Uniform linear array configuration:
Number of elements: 4
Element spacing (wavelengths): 0.75
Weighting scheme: exponential
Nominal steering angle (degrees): -30
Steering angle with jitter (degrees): -31.662
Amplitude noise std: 0.05
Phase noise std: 0.05

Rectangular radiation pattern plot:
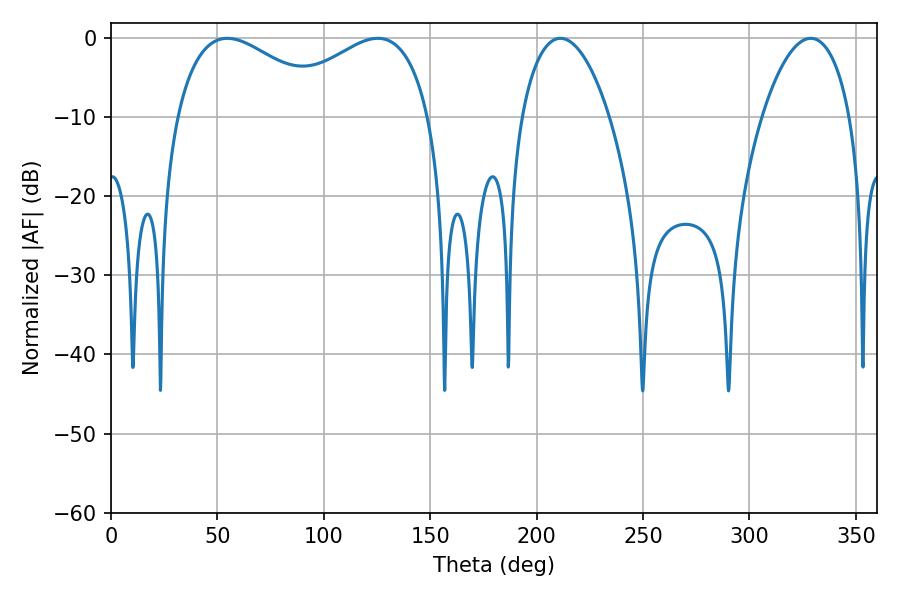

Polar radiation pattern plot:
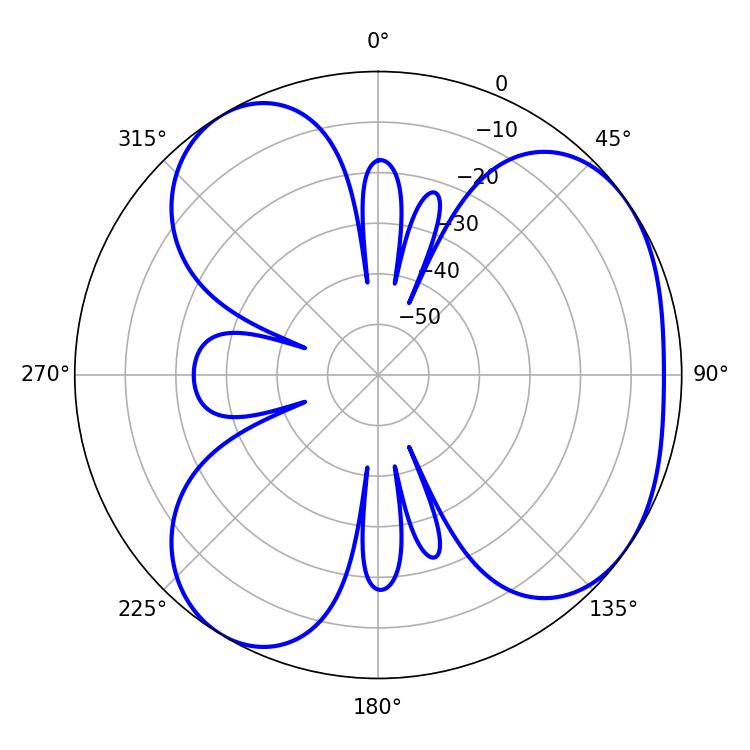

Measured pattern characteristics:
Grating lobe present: TRUE
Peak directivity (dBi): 4.62
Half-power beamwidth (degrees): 23.22
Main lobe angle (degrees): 211.14